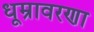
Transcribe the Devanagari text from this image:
धूम्रावरणा